Epidemic dropsy in Calcutta - Number 45
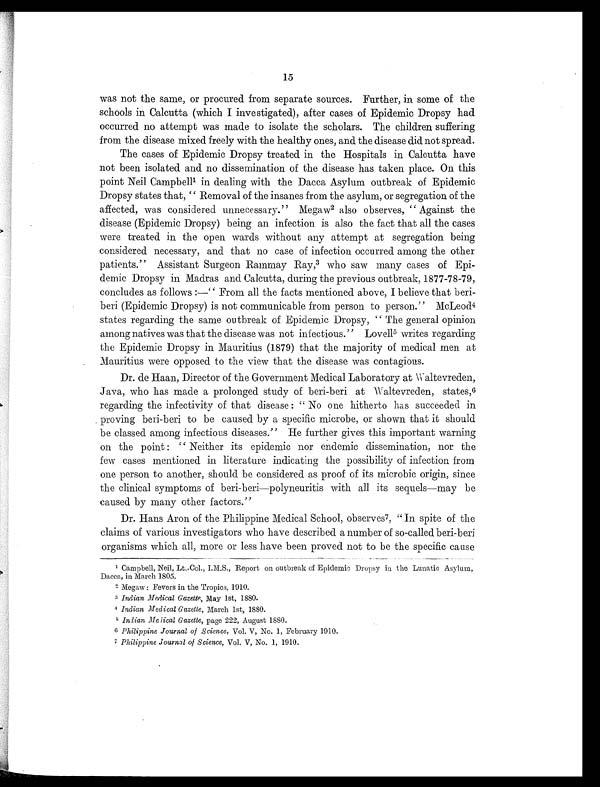
15
was not the same, or procured from separate sources. Further, in some of the
schools in Calcutta (which I investigated), after cases of Epidemic Dropsy had
occurred no attempt was made to isolate the scholars. The children suffering
from the disease mixed freely with the healthy ones, and the disease did not spread.
The cases of Epidemic Dropsy treated in the Hospitals in Calcutta have
not been isolated and no dissemination of the disease has taken place. On this
point Neil Campbell1 i n d e a l i n g w i t h t h e D a c c a A s y l u m o u t b r e a k o f E p i d e m i c
Dropsy states that, '' Removal of the insanes from the asylum, or segregation of the
affected, was considered unnecessary." Megaw2 also observes, " Against the
disease (Epidemic Dropsy) being an infection is also the fact that all the cases
were treated in the open wards without any attempt at segregation being
considered necessary, and that no case of infection occurred among the other
patients." Assistant Surgeon Rammay Ray, 3 who saw many cases of Epi-
demic Dropsy in Madras and Calcutta, during the previous outbreak, 1877-78-79,
concludes as follows :—" From all the facts mentioned above, I believe that beri-
beri (Epidemic Dropsy) is not communicable from person to person." McLeod 4
states regarding the same outbreak of Epidemic Dropsy, " The general opinion
among natives was that the disease was not infectious." Lovell 5 w r i t e s r e g a r d i n g
the Epidemic Dropsy in Mauritius (1879) that the majority of medical men at
Mauritius were opposed to the view that the disease was contagious.
Dr. de Haan, Director of the Government Medical Laboratory at Waltevreden,
Java, who has made a prolonged study of beri-beri at Waltevreden, states, 6
regarding the infectivity of that disease : " No one hitherto has succeeded in
proving beri-beri to be caused by a specific microbe, or shown that it should
be classed among infectious diseases." He further gives this important warning
on the point : " Neither its epidemic nor endemic dissemination, nor the
few cases mentioned in literature indicating the possibility of infection from
one person to another, should be considered as proof of its microbic origin, since
the clinical symptoms of beri-beri—polyneuritis with all its sequels—may be
caused by many other factors."
Dr. Hans Aron of the Philippine Medical School, observes 7, " In spite of the
claims of various investigators who have described a number of so-called beri-beri
organisms which all, more or less have been proved not to be the specific cause
1 Campbell, Neil, Lt.-Col., I.M.S., Report on outbreak of Epidemic Dropsy in the Lunatic Asylum,
Dacca, in March 1805.
2 Megaw : Fevers in the Tropics, 1910.
3Indian Medical Gazette, May 1st, 1880.
4Indian Medical Gazette, March 1st, 1880.
5 Indian Medical Gazette, page 222, August 1880.
6 Philippine Journal of Science, Vol. V, No. 1, February 1910.
7 Philippine Journal of Science, Vol. V, No. 1, 1910.